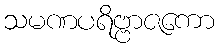
သမဏပရိဗ္ဗာဇကော